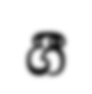
ගීී